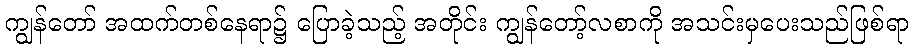
ကျွန်တော် အထက်တစ်နေရာ၌ ပြောခဲ့သည့် အတိုင်း ကျွန်တော့်လစာကို အသင်းမှပေးသည်ဖြစ်ရာ